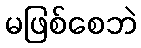
မဖြစ်စေဘဲ